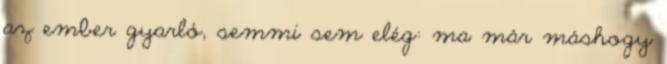
az ember gyarló, semmi sem elég: ma már máshogy